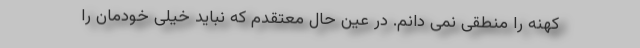
کهنه را منطقی نمی دانم. در عین حال معتقدم که نباید خیلی خودمان را